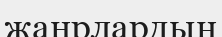
жанрлардың